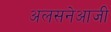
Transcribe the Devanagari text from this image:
अलसनेआजी